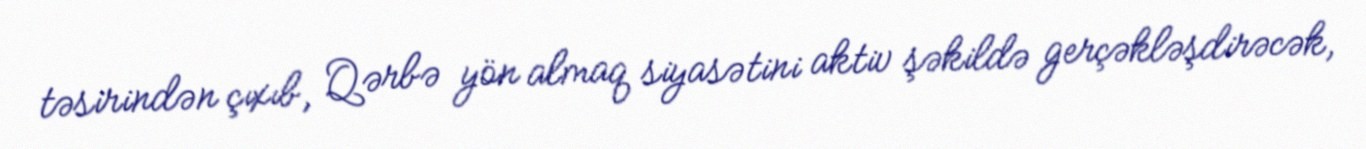
təsirindən çıxıb, Qərbə yön almaq siyasətini aktiv şəkildə gerçəkləşdirəcək,